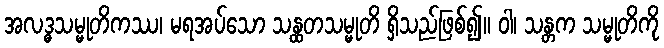
အလဒ္ဓသမ္မုတိကဿ၊ မရအပ်သော သန္ထတသမ္မုတိ ရှိသည်ဖြစ်၍။ ဝါ၊ သန္တက သမ္မုတိကို